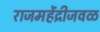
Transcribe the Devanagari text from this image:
राजमहेंद्रीजवळ